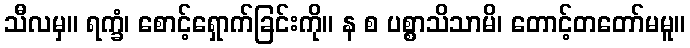
သီလမှ။ ရက္ခံ၊ စောင့်ရှောက်ခြင်းကို။ န စ ပစ္စာသိသာမိ၊ တောင့်တတော်မမူ။